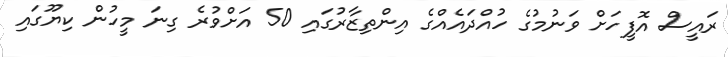
ރައީސް އޮފީހަށް ވަނުމުގެ ހުއްދައެއްގެ އިންތިޒާރުގައި 50 އަށްވުރެ ގިނަ މީހުން ކިޔޫގައި